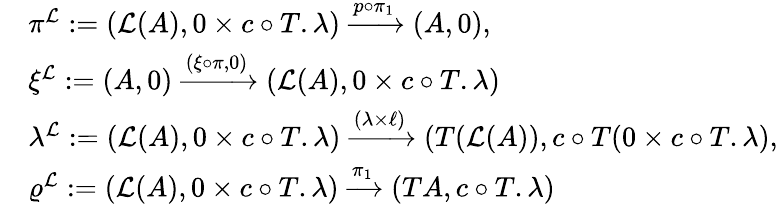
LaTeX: \begin{array}{rl}&{\pi^{\mathcal{L}}:=(\mathcal{L}(A),0\times c\circ T.\lambda)\xrightarrow[]{p\circ\pi_{1}}(A,0),}\\ &{\xi^{\mathcal{L}}:=(A,0)\xrightarrow[]{(\xi\circ\pi,0)}(\mathcal{L}(A),0\times c\circ T.\lambda)}\\ &{\lambda^{\mathcal{L}}:=(\mathcal{L}(A),0\times c\circ T.\lambda)\xrightarrow[]{(\lambda\times\ell)}(T(\mathcal{L}(A)),c\circ T(0\times c\circ T.\lambda),}\\ &{\varrho^{\mathcal{L}}:=(\mathcal{L}(A),0\times c\circ T.\lambda)\xrightarrow[]{\pi_{1}}(TA,c\circ T.\lambda)}\end{array}